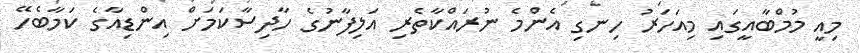
މިއީ މުމްބާއީގައި މިއަހަރު ހިނގި އެންމެ ނުރައްކާތެރި އަލިފާނުގެ ހާދިސާކަމަށް އިންޑިއާގެ ކަމާބެހޭ